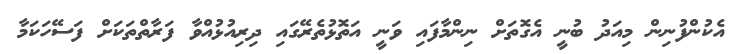
އެކުންފުނިން މިއަދު ބުނީ އެގޮތަށް ނިންމާފައި ވަނީ އަތޮޅުތެރޭގައި ދިރިއުޅުއްވާ ފަރާތްތަކަށް ފަސޭހަކަމާ